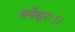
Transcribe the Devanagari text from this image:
धनेश्वरः।।